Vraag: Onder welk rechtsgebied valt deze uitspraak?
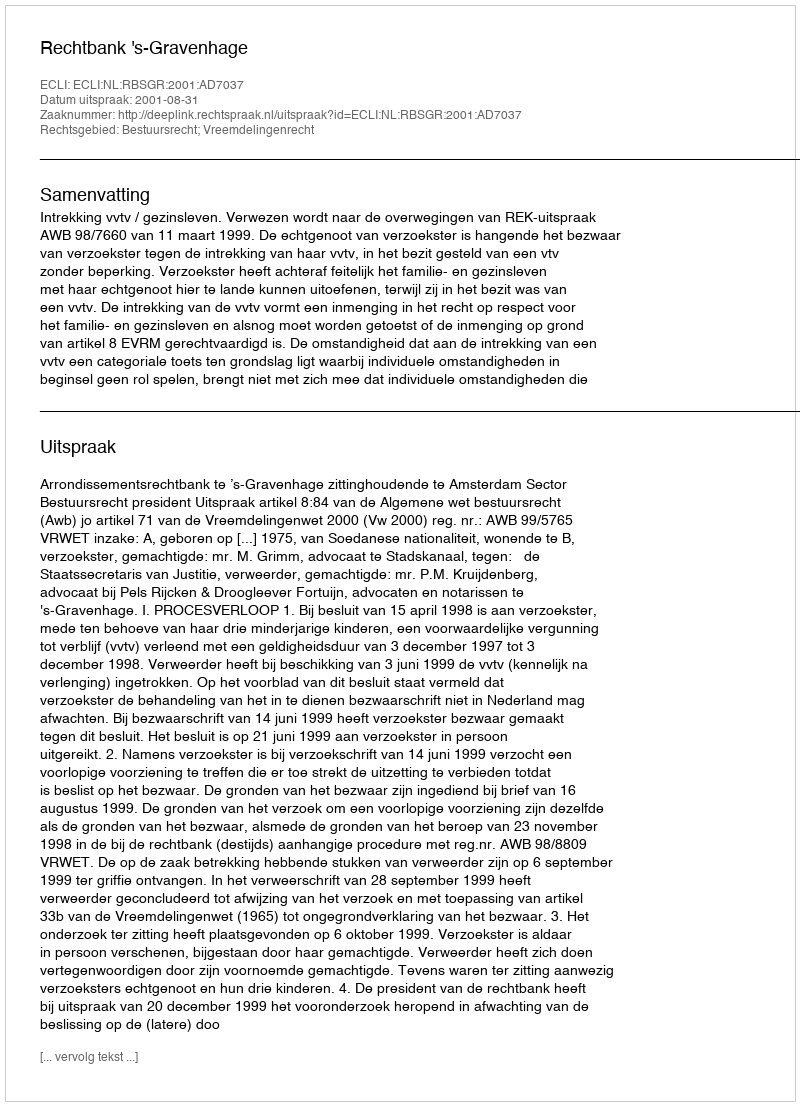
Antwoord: Bestuursrecht; Vreemdelingenrecht